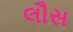
લૌસ